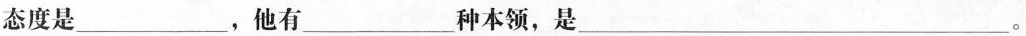
态度是___，他有___种本领，是___。